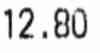
12.80